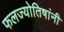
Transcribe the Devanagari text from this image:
फलज्योतिषांनी